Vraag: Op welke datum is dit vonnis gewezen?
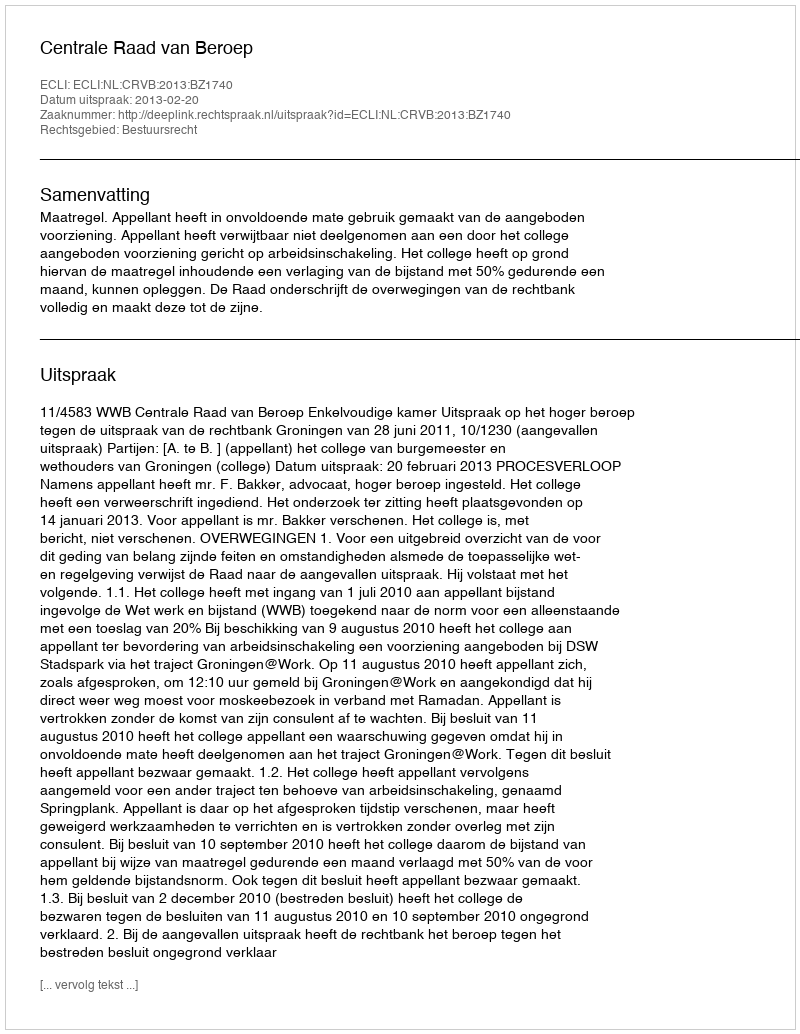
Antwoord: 2013-02-20